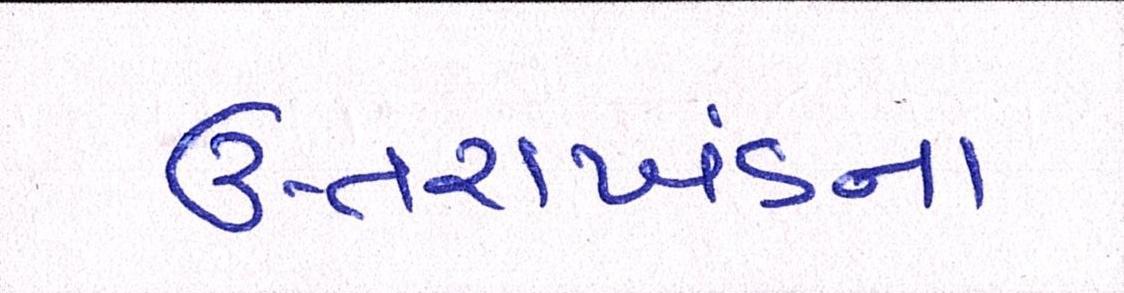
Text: ઉત્તરાખંડના